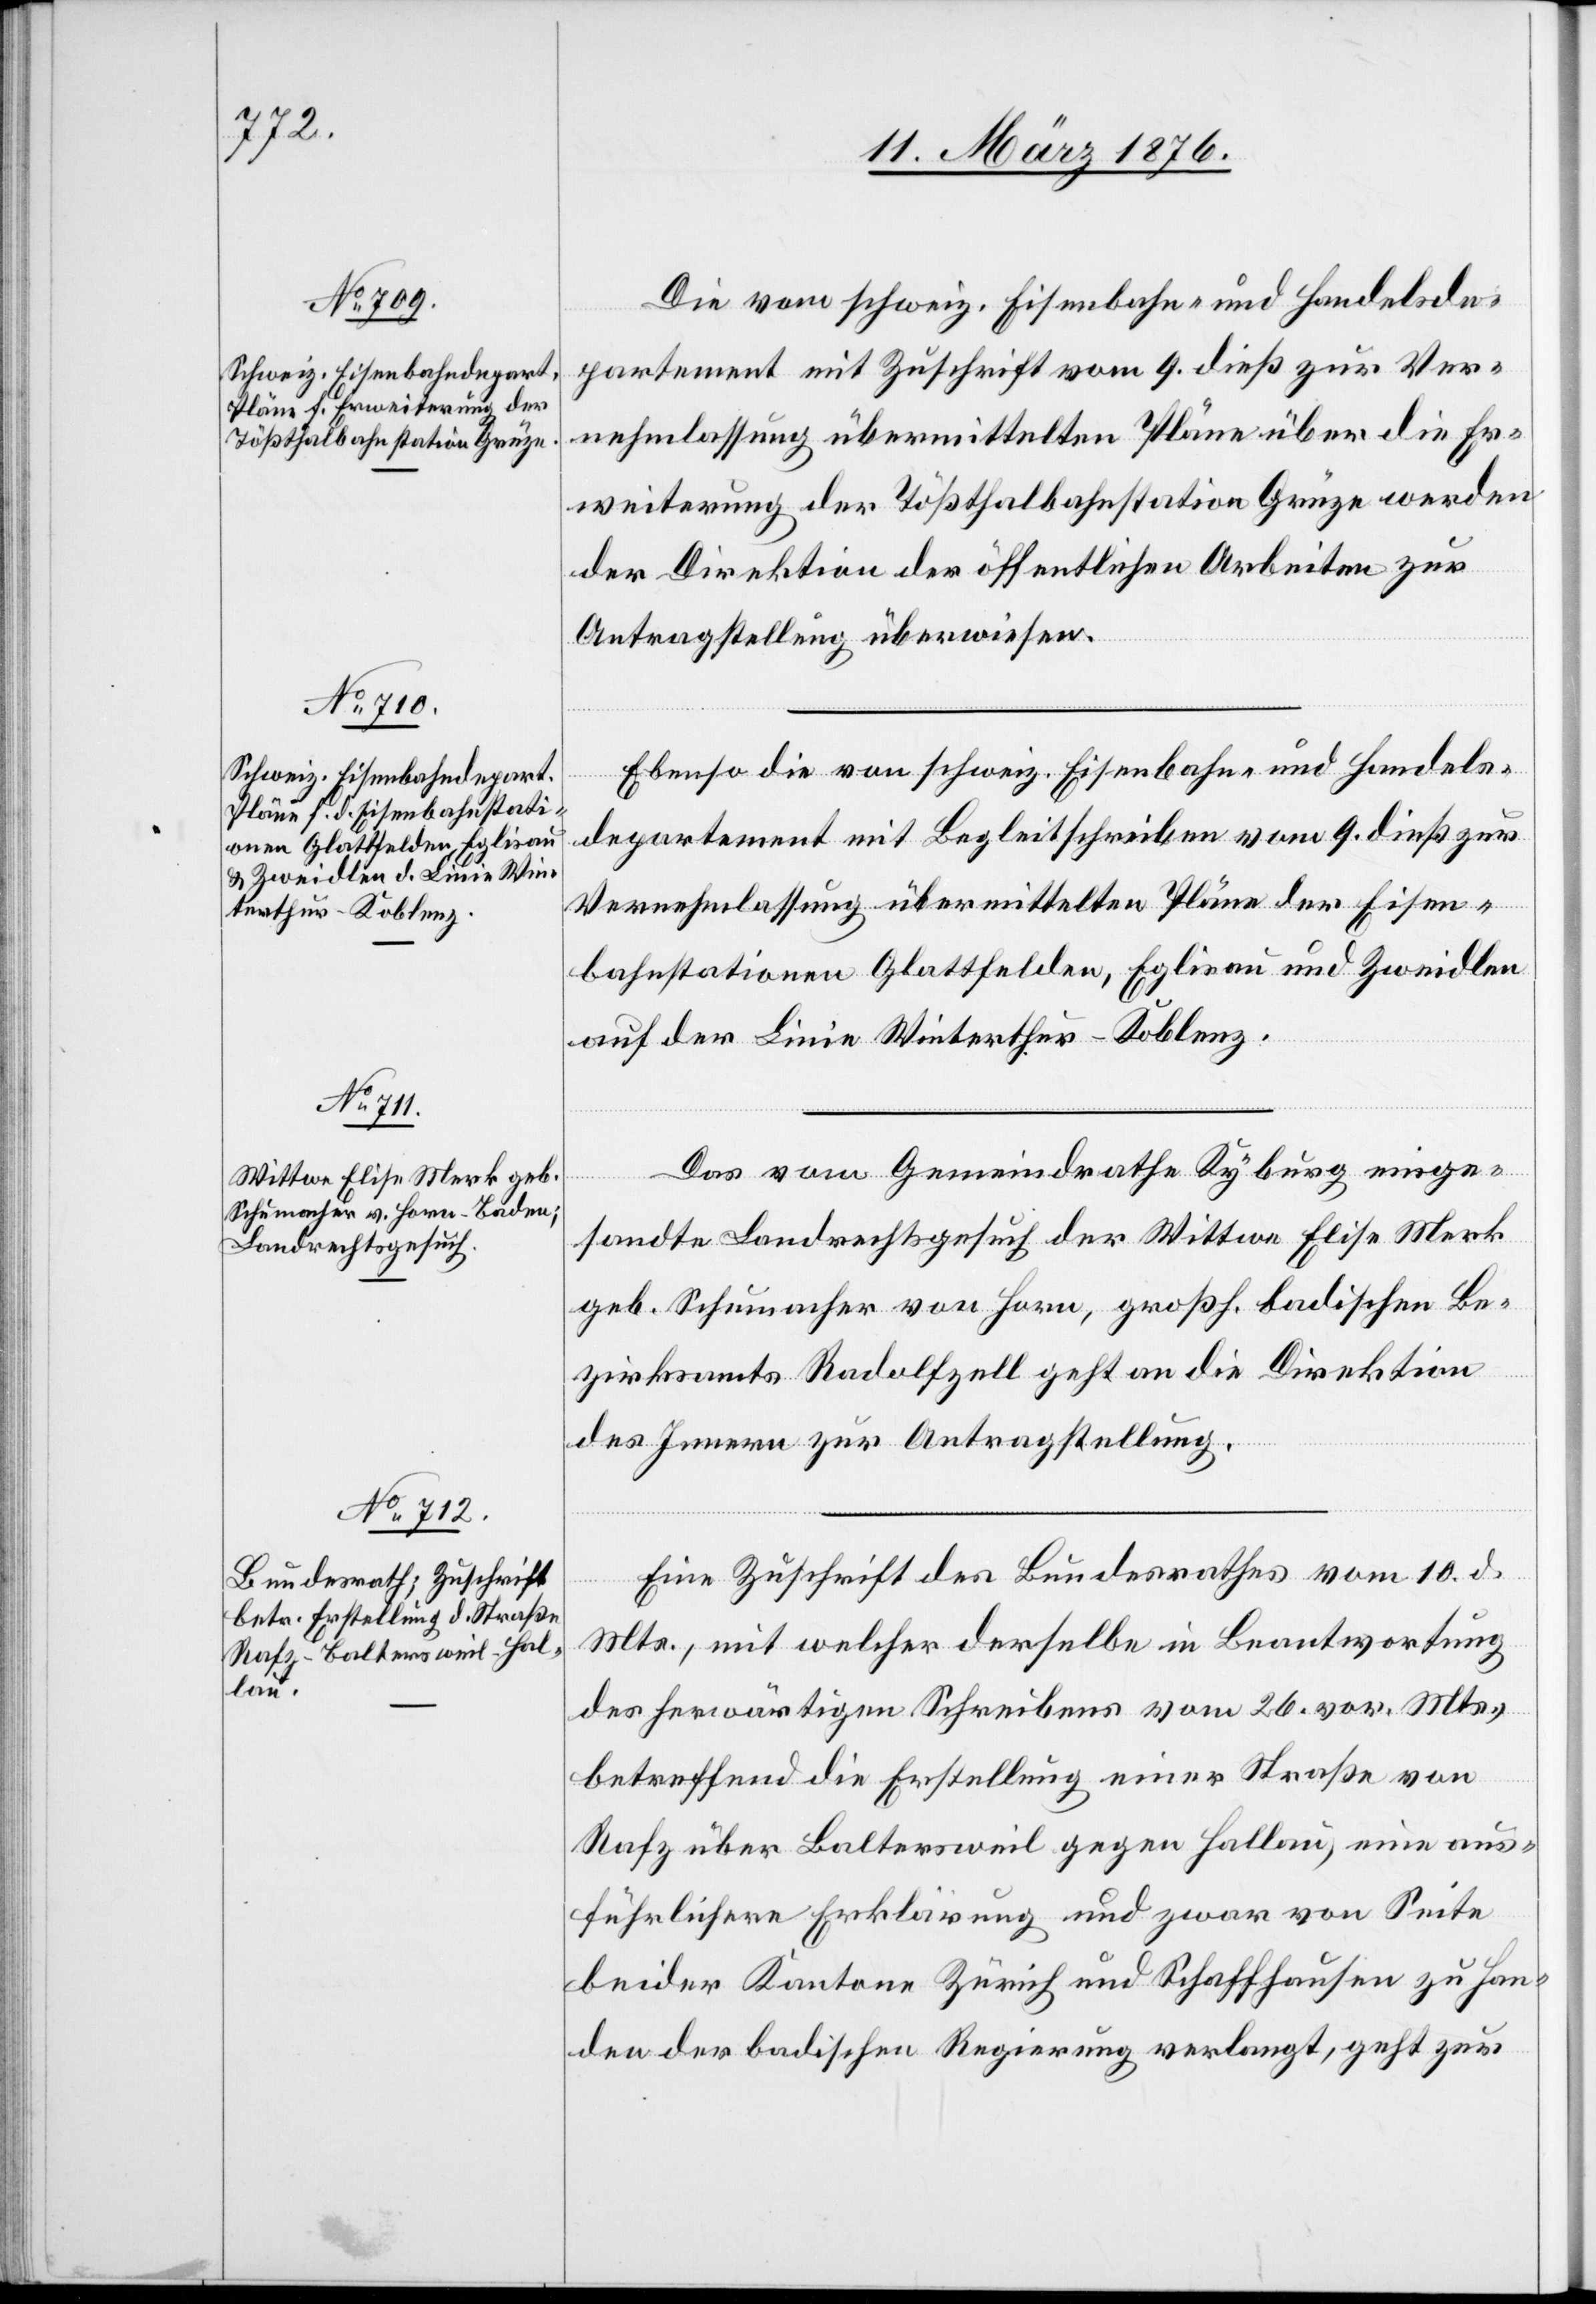
13. März 1876.]
Die vom schweiz. Eisenbahn- und Handelsde¬
partement mit Zuschrift vom 9. dieß zur Ver¬
nehmlassung übermittelten Pläne über die Er¬
weiterung der Tößthalbahnstation Grüze werden
der Direktion der öffentlichen Arbeiten zur
Antragstellung überwiesen.
Ebenso die von schweiz. Eisenbahn- und Handels¬
departement mit Begleitschreiben vom 9. dieß zur
Vernehmlassung übermittelten Pläne der Eisen¬
bahnstationen Glattfelden, Eglisau und Zweidlen
auf der Linie Winterthur–Koblenz.
Das vom Gemeindrathe Kyburg einge¬
sandte Landrechtsgesuch der Wittwe Elisa Mark
geb. Schumacher von Horn, großh. badischen Be¬
zirksamts Radolfzell geht an die Direktion
des Innern zur Antragstellung.
Eine Zuschrift des Bundesrathes vom 10. d.
Mts., mit welcher derselbe in Beantwortung
des herwärtigen Schreibens vom 26. vor. Mts.,
betreffend die Erstellung einer Straße von
Rafz über Baltersweil gegen Hallau, eine aus¬
führlichere Erklärung und zwar von Seite
beider Kantone Zürich und Schaffhausen zu Han¬
den der badischen Regierung verlangt, geht zur